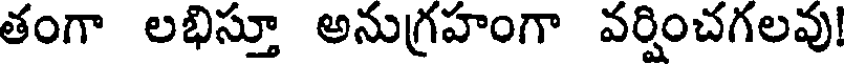
తంగా లభిస్తూ అనుగ్రహంగా వర్షించగలవు!